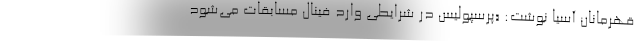
قهرمانان آسیا نوشت: «پرسپولیس در شرایطی وارد فینال مسابقات می‌شود